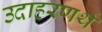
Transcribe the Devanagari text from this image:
उदाहरणर्थ